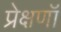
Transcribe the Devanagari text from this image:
प्रेक्षणॉं